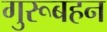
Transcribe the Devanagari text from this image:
गुरूबहन